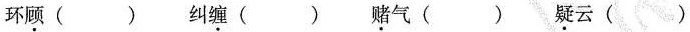
环顾( ) 纠缠( ) 赌气( ) 疑云( )